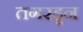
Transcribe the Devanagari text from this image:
तगरहून